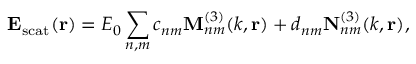
\mathbf { E _ { \mathrm { s c a t } } } ( \mathbf { r } ) = E _ { 0 } \sum _ { n , m } c _ { n m } \mathbf { M } _ { n m } ^ { ( 3 ) } ( k , \mathbf { r } ) + d _ { n m } \mathbf { N } _ { n m } ^ { ( 3 ) } ( k , \mathbf { r } ) ,